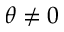
\theta \ne 0